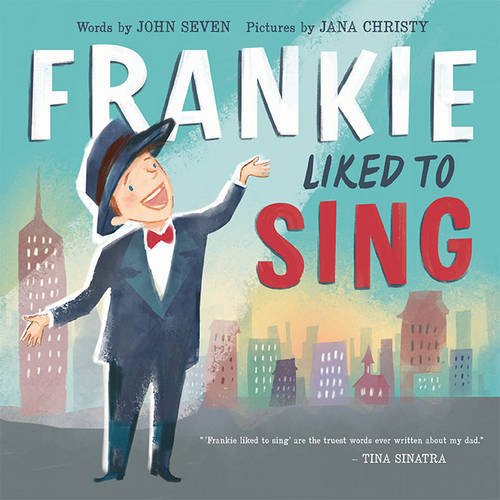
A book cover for Frankie Liked to Sing; John Seven; Children's Books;